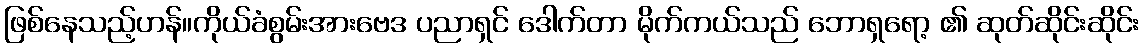
ဖြစ်နေသည့်ဟန်။ကိုယ်ခံစွမ်းအားဗေဒ ပညာရှင် ဒေါက်တာ မိုက်ကယ်သည် ဘောရှရော့ ၏ ဆုတ်ဆိုင်းဆိုင်း